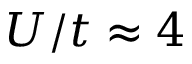
U / t \approx 4